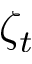
\zeta _ { t }